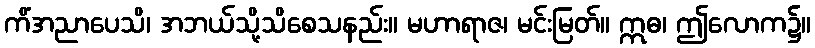
ကိံအညာပေသိ၊ အဘယ်သို့သိစေသနည်း။ မဟာရာဇ၊ မင်းမြတ်။ ဣဓ၊ ဤလောက၌။